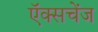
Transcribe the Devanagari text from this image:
ऍक्सचेंज